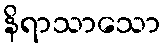
နိရာသာသော